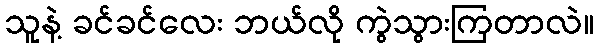
သူနဲ့ ခင်ခင်လေး ဘယ်လို ကွဲသွားကြတာလဲ။